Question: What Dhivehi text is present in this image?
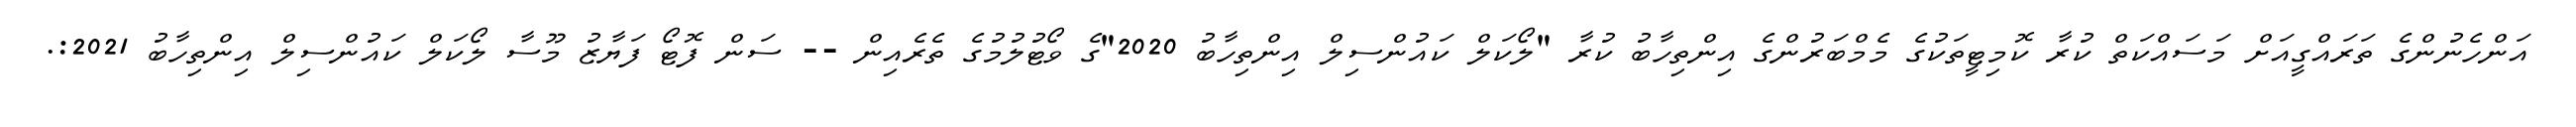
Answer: އަންހެނުންގެ ތަރައްގީއަށް މަސައްކަތް ކުރާ ކޮމިޓީތަކުގެ މެމްބަރުންގެ އިންތިހާބު ކުރާ "ލޯކަލް ކައުންސިލް އިންތިހާބު 2020"ގެ ވޯޓުލުމުގެ ތެރެއިން -- ސަން ފޮޓޯ ފަޔާޒު މޫސާ ލޯކަލް ކައުންސިލް އިންތިހާބު 2021:.